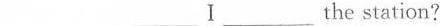
___ ___ Ⅰ___ the station?